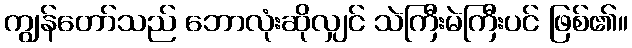
ကျွန်တော်သည် ဘောလုံးဆိုလျှင် သဲကြီးမဲကြီးပင် ဖြစ်၏။